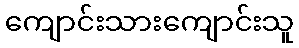
ကျောင်းသားကျောင်းသူ